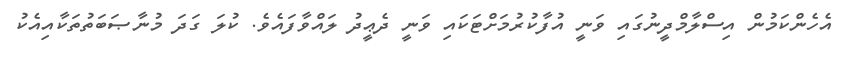
އެހެންކަމުން އިސްލާމްދީނުގައި ވަނީ އުފާކުރުމަށްޓަކައި ވަނީ ދެޢީދު ލައްވާފައެވެ. ކުލަ ގަދަ މުނާޞަބަތުތަކާއިއެކު